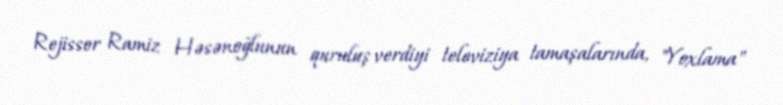
Rejissor Ramiz Həsənoğlunun quruluş verdiyi televiziya tamaşalarında, "Yoxlama"